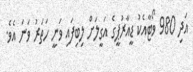
އަދި 980 ވޯޓާއެކު ޑީއާރުޕީގެ އަގީލަށް ލިބިފައި ވަނީ ހަތަރު ވަނަ އެވެ.